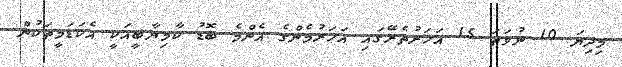
މިދިޔަ 10 ނުވަތަ 15 އަހަރުތެރޭގައި އަހަރުމެންގެ އެންމެ ބޮޑު ކާމިޔާބީއަކީ އެކަޑަމީތަކުން